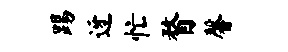
踢迓忙瞀馨